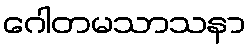
ဂေါတမသာသနာ